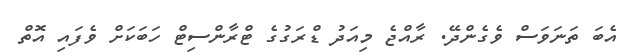
އެބަ ތަނަވަސް ވެގެންދޭ. ރާއްޖެ މިއަދު ޑްރަގުގެ ޓްރާންސިޓް ހަބަކަށް ވެފައި އޮތް